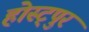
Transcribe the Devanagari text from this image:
होस्ट्पुर